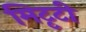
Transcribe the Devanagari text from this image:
मिटृटी